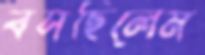
বসছিলেম